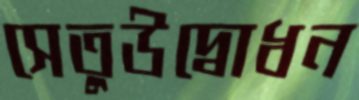
সেতুউদ্বোধন